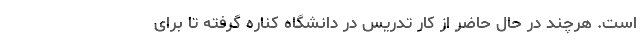
است. هرچند در حال حاضر از کار تدریس در دانشگاه کناره گرفته تا برای